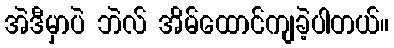
အဲဒီမှာပဲ ဘဲလ် အိမ်ထောင်ကျခဲ့ပါတယ်။